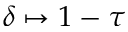
\delta \mapsto 1 - \tau